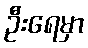
ဦးရေမှာ